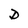
Character: D